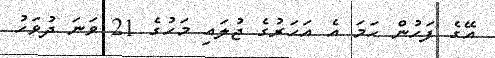
އޭގެ ފަހުން ހަމަ އެ އަހަރުގެ ޖުލައި މަހުގެ 21 ވަނަ ދުވަހު